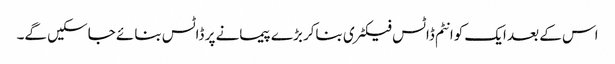
اس کے بعد ایک کوانٹم ڈاٹس فیکٹری بناکر بڑے پیمانے پر ڈاٹس بنائے جاسکیں گے۔